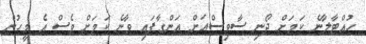
ހުއްޓާލާނެ ކަމަށް ދޯނި ސާވިސްއަށް އަންގާފައި ވާނެ ކަމަށް ވެސް އެ މީހުން